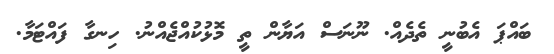
ބައްޕަ އެބުނީ ތެދެއް. ނޫނަސް އަޔާން ތީ މޮޅުކުއްޖެއްނު. ހިނގާ ފައްޓަމާ.